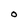
Character: O